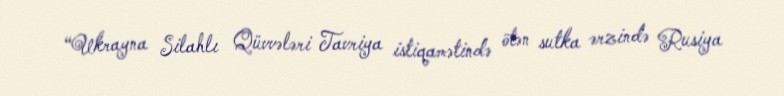
“Ukrayna Silahlı Qüvvələri Tavriya istiqamətində ötən sutka ərzində Rusiya